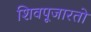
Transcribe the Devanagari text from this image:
शिवपूजारतो